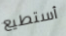
أستطيع